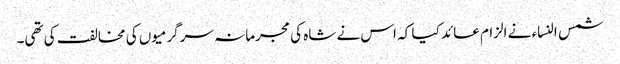
شمس النساء نے الزام عائد کیا کہ اس نے شاہ کی مجرمانہ سرگرمیوں کی مخالفت کی تھی۔